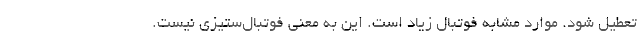
تعطیل شود. موارد مشابه فوتبال زیاد است. این به معنی فوتبال‌ستیزی نیست.